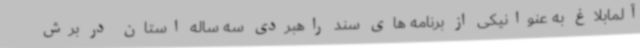
آلمابلاغ به عنوانیکی از برنامه های سند راهبردی سه ساله استان در برش